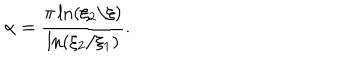
\alpha = \frac { \pi \ln ( \xi _ { 2 } / \xi ) } { \ln ( \xi _ { 2 } / \xi _ { 1 } ) } .